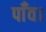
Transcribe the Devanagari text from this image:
पाँव।